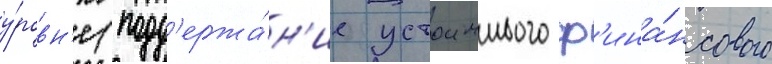
у́ровн'е (подд'ержа́н'ие устоичивого ф'ина́нсового